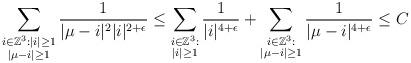
LaTeX: \begin{align*}&\sum_{\substack{i\in \mathbb{Z}^3:|i|\geq1\\ |\mu-i|\geq 1}}\frac{1}{|\mu-i|^2|i|^{2+\epsilon}}\leq \sum_{\substack{i\in \mathbb{Z}^3:\\|i|\geq1}}\frac{1}{|i|^{4+\epsilon}}+ \sum_{\substack{i\in \mathbb{Z}^3:\\ |\mu-i|\geq 1}}\frac{1}{|\mu-i|^{4+\epsilon}}\leq C\end{align*}